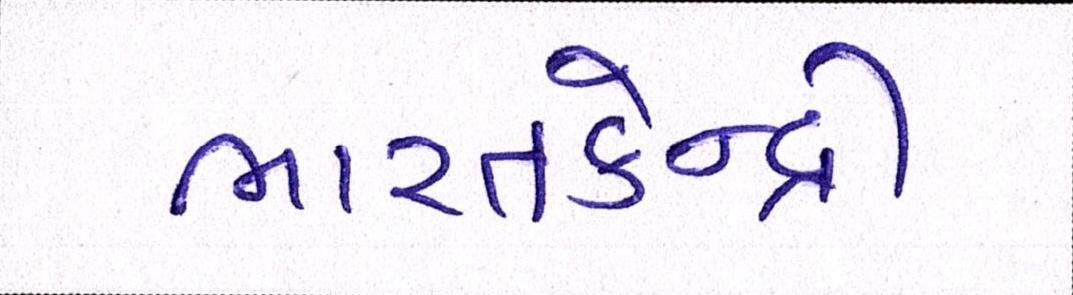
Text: ભારતકેન્દ્રી